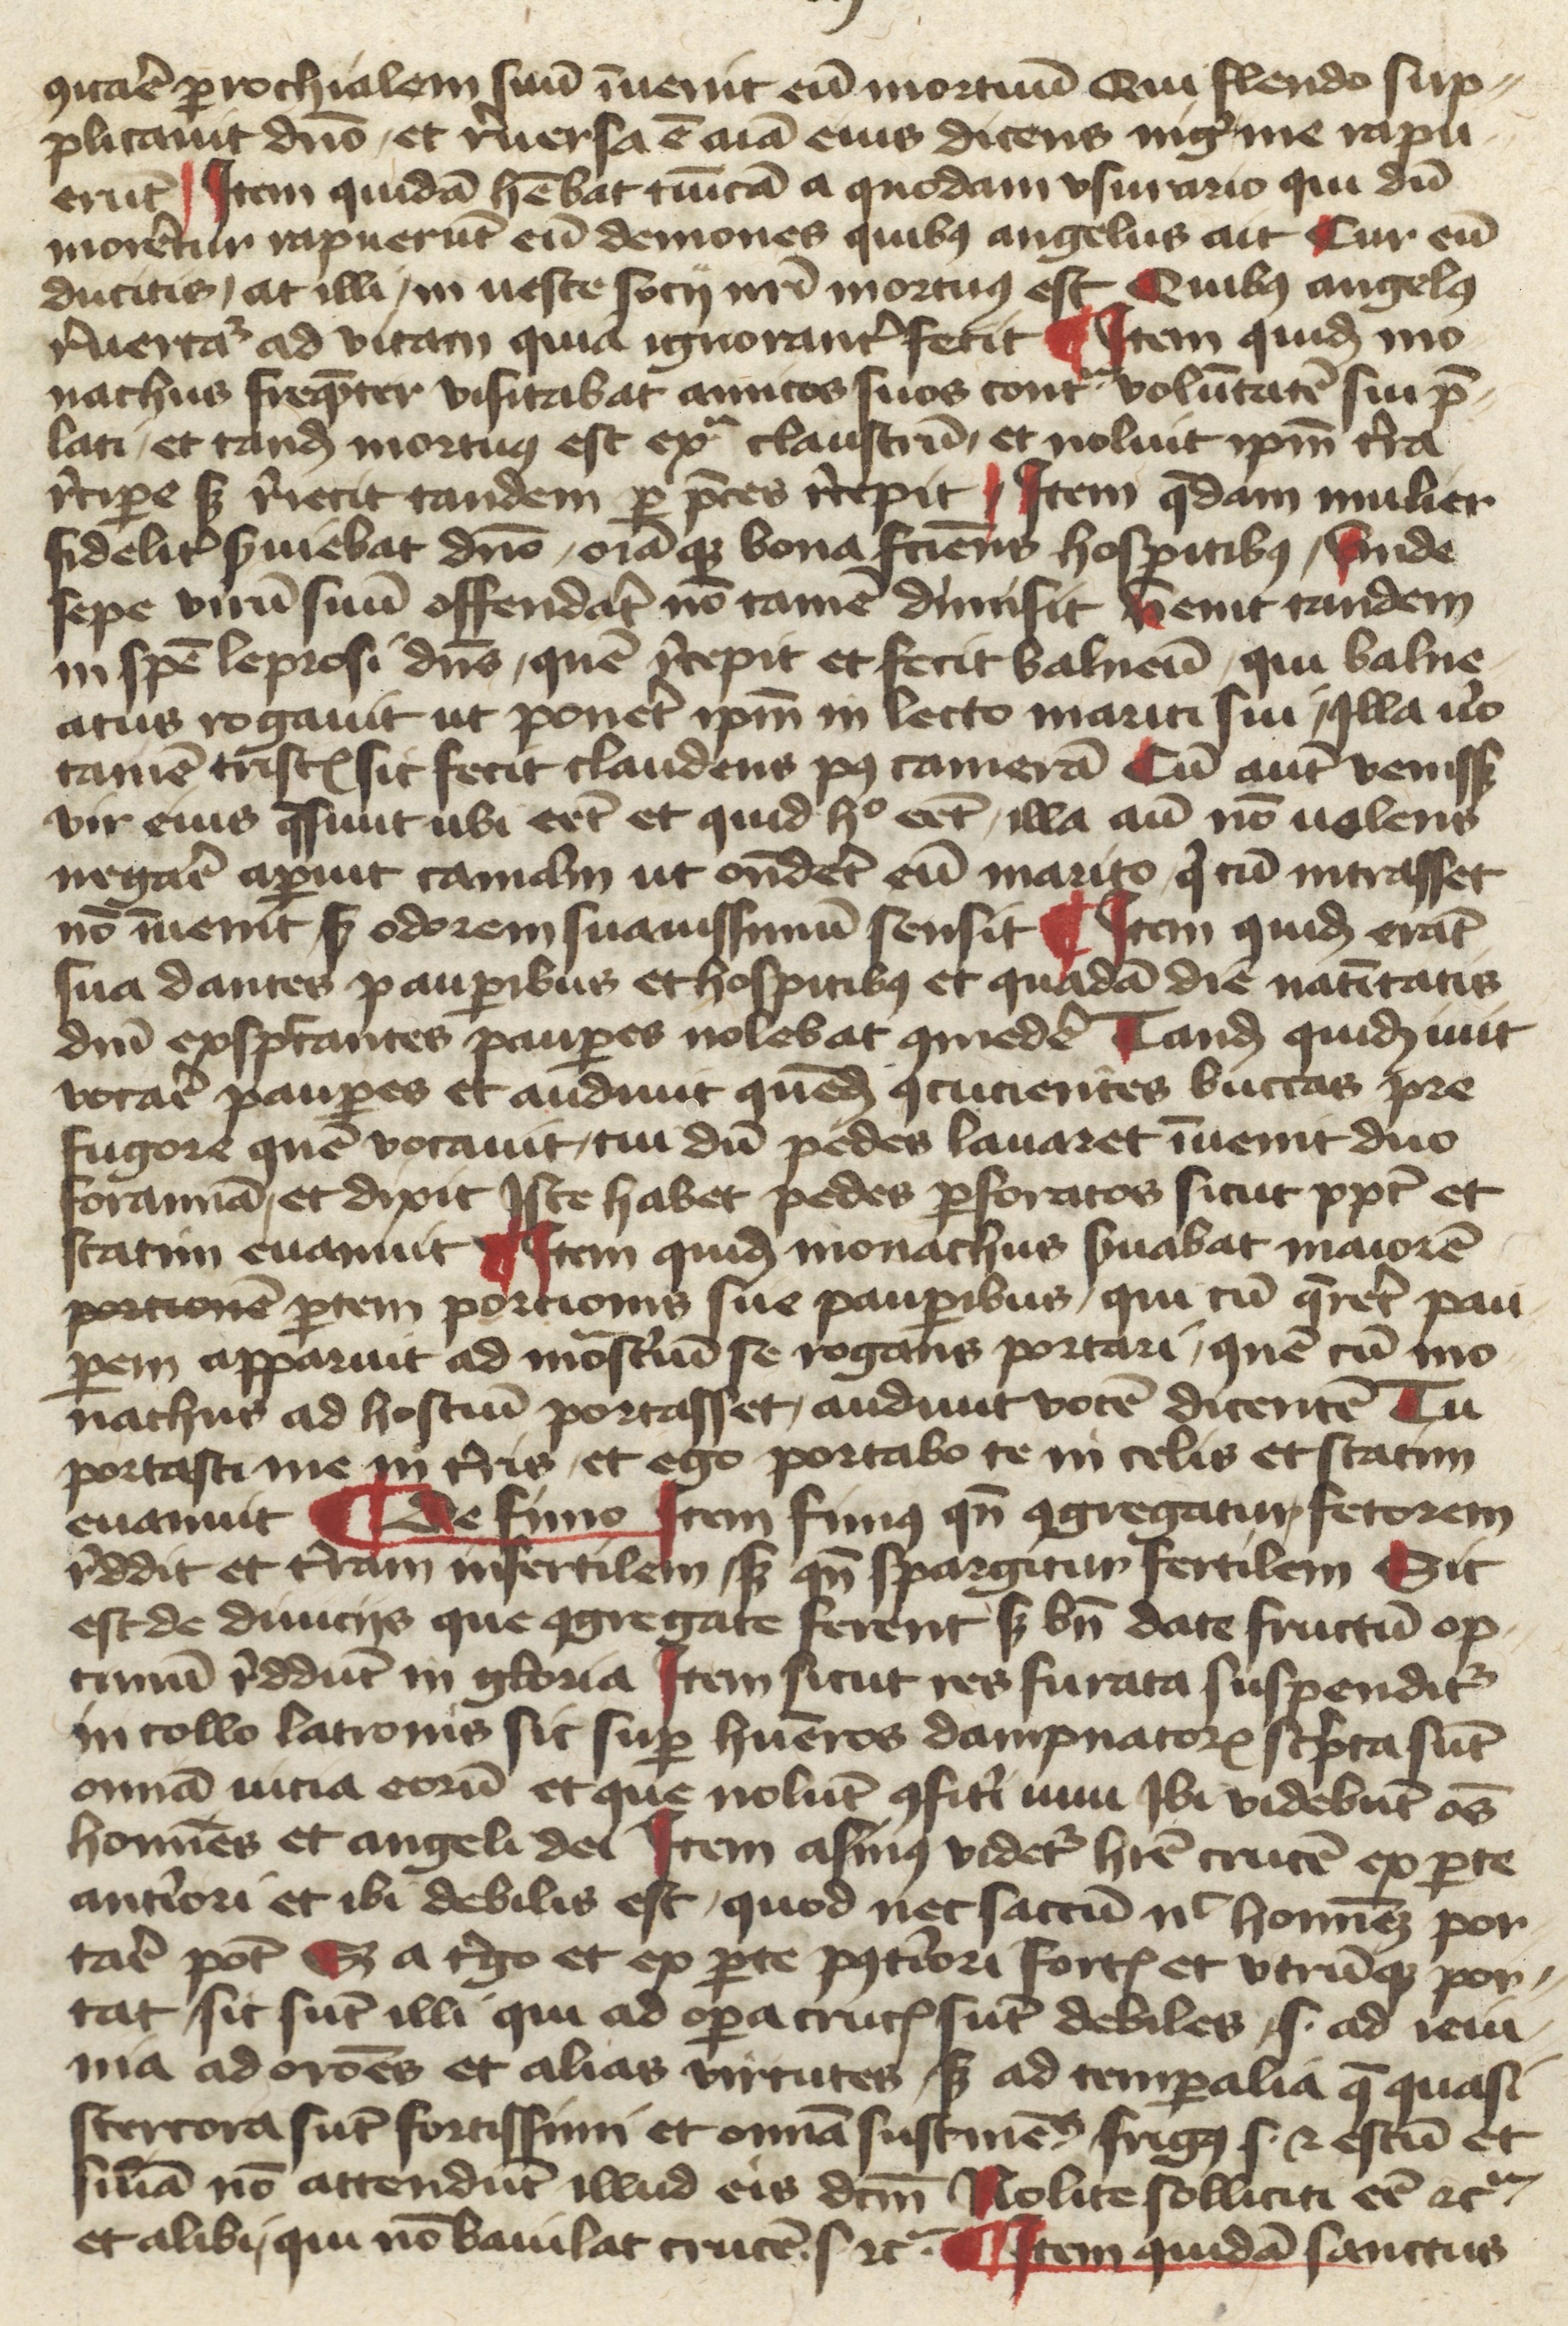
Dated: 1400–1430